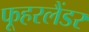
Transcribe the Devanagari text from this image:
फूहरलैंडर